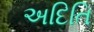
અદિતિ